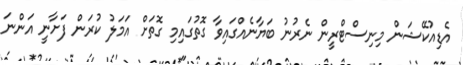
އެޑިއުކޭޝަން މިނިސްޓްރީން ނެރުނު ބަޔާނެއްގައިވާ ގޮތުގައިމި ގޮތަށް އަމަލު ކުރަން ފަށާނީ އަންނަ